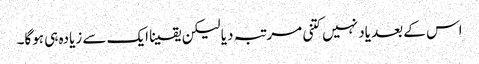
اس کے بعد یاد نہیں کتنی مرتبہ دیا لیکن یقینا ایک سے زیادہ ہی ہوگا۔